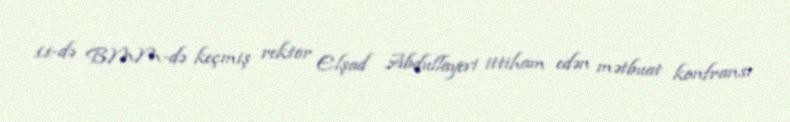
11-də BMM-də keçmiş rektor Elşad Abdullayevi ittiham edən mətbuat konfransı